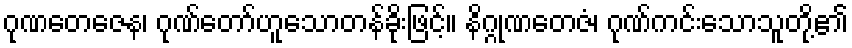
ဂုဏတေဇေန၊ ဂုဏ်တော်ဟူသောတန်ခိုးဖြင့်။ နိဂ္ဂုဏတေဇံ၊ ဂုဏ်ကင်းသောသူတို့၏